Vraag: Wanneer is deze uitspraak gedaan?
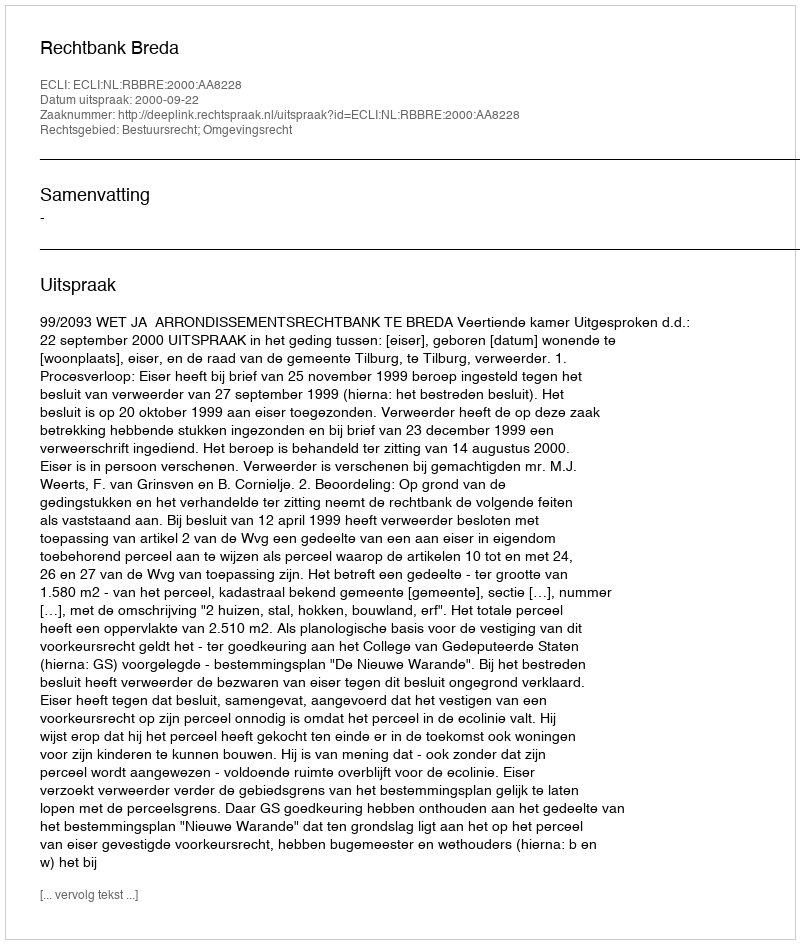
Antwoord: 2000-09-22